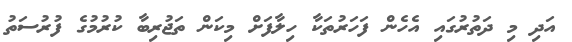
އަދި މި ދަތުރުގައި އެހެން ފަހަރުތަކާ ހިލާފަށް މިކަން ތަޖުރިބާ ކުރުމުގެ ފުރުސަތު